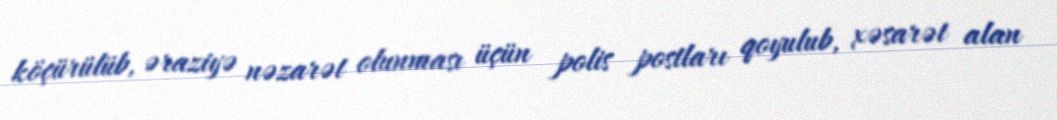
köçürülüb, əraziyə nəzarət olunması üçün polis postları qoyulub, xəsarət alan